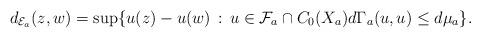
LaTeX: \begin{align*}d_{\mathcal{E}_a}(z,w)=\sup\{u(z)-u(w)\, :\, u\in\mathcal{F}_a\cap C_0(X_a) d\Gamma_a(u,u)\le d\mu_a\}.\end{align*}